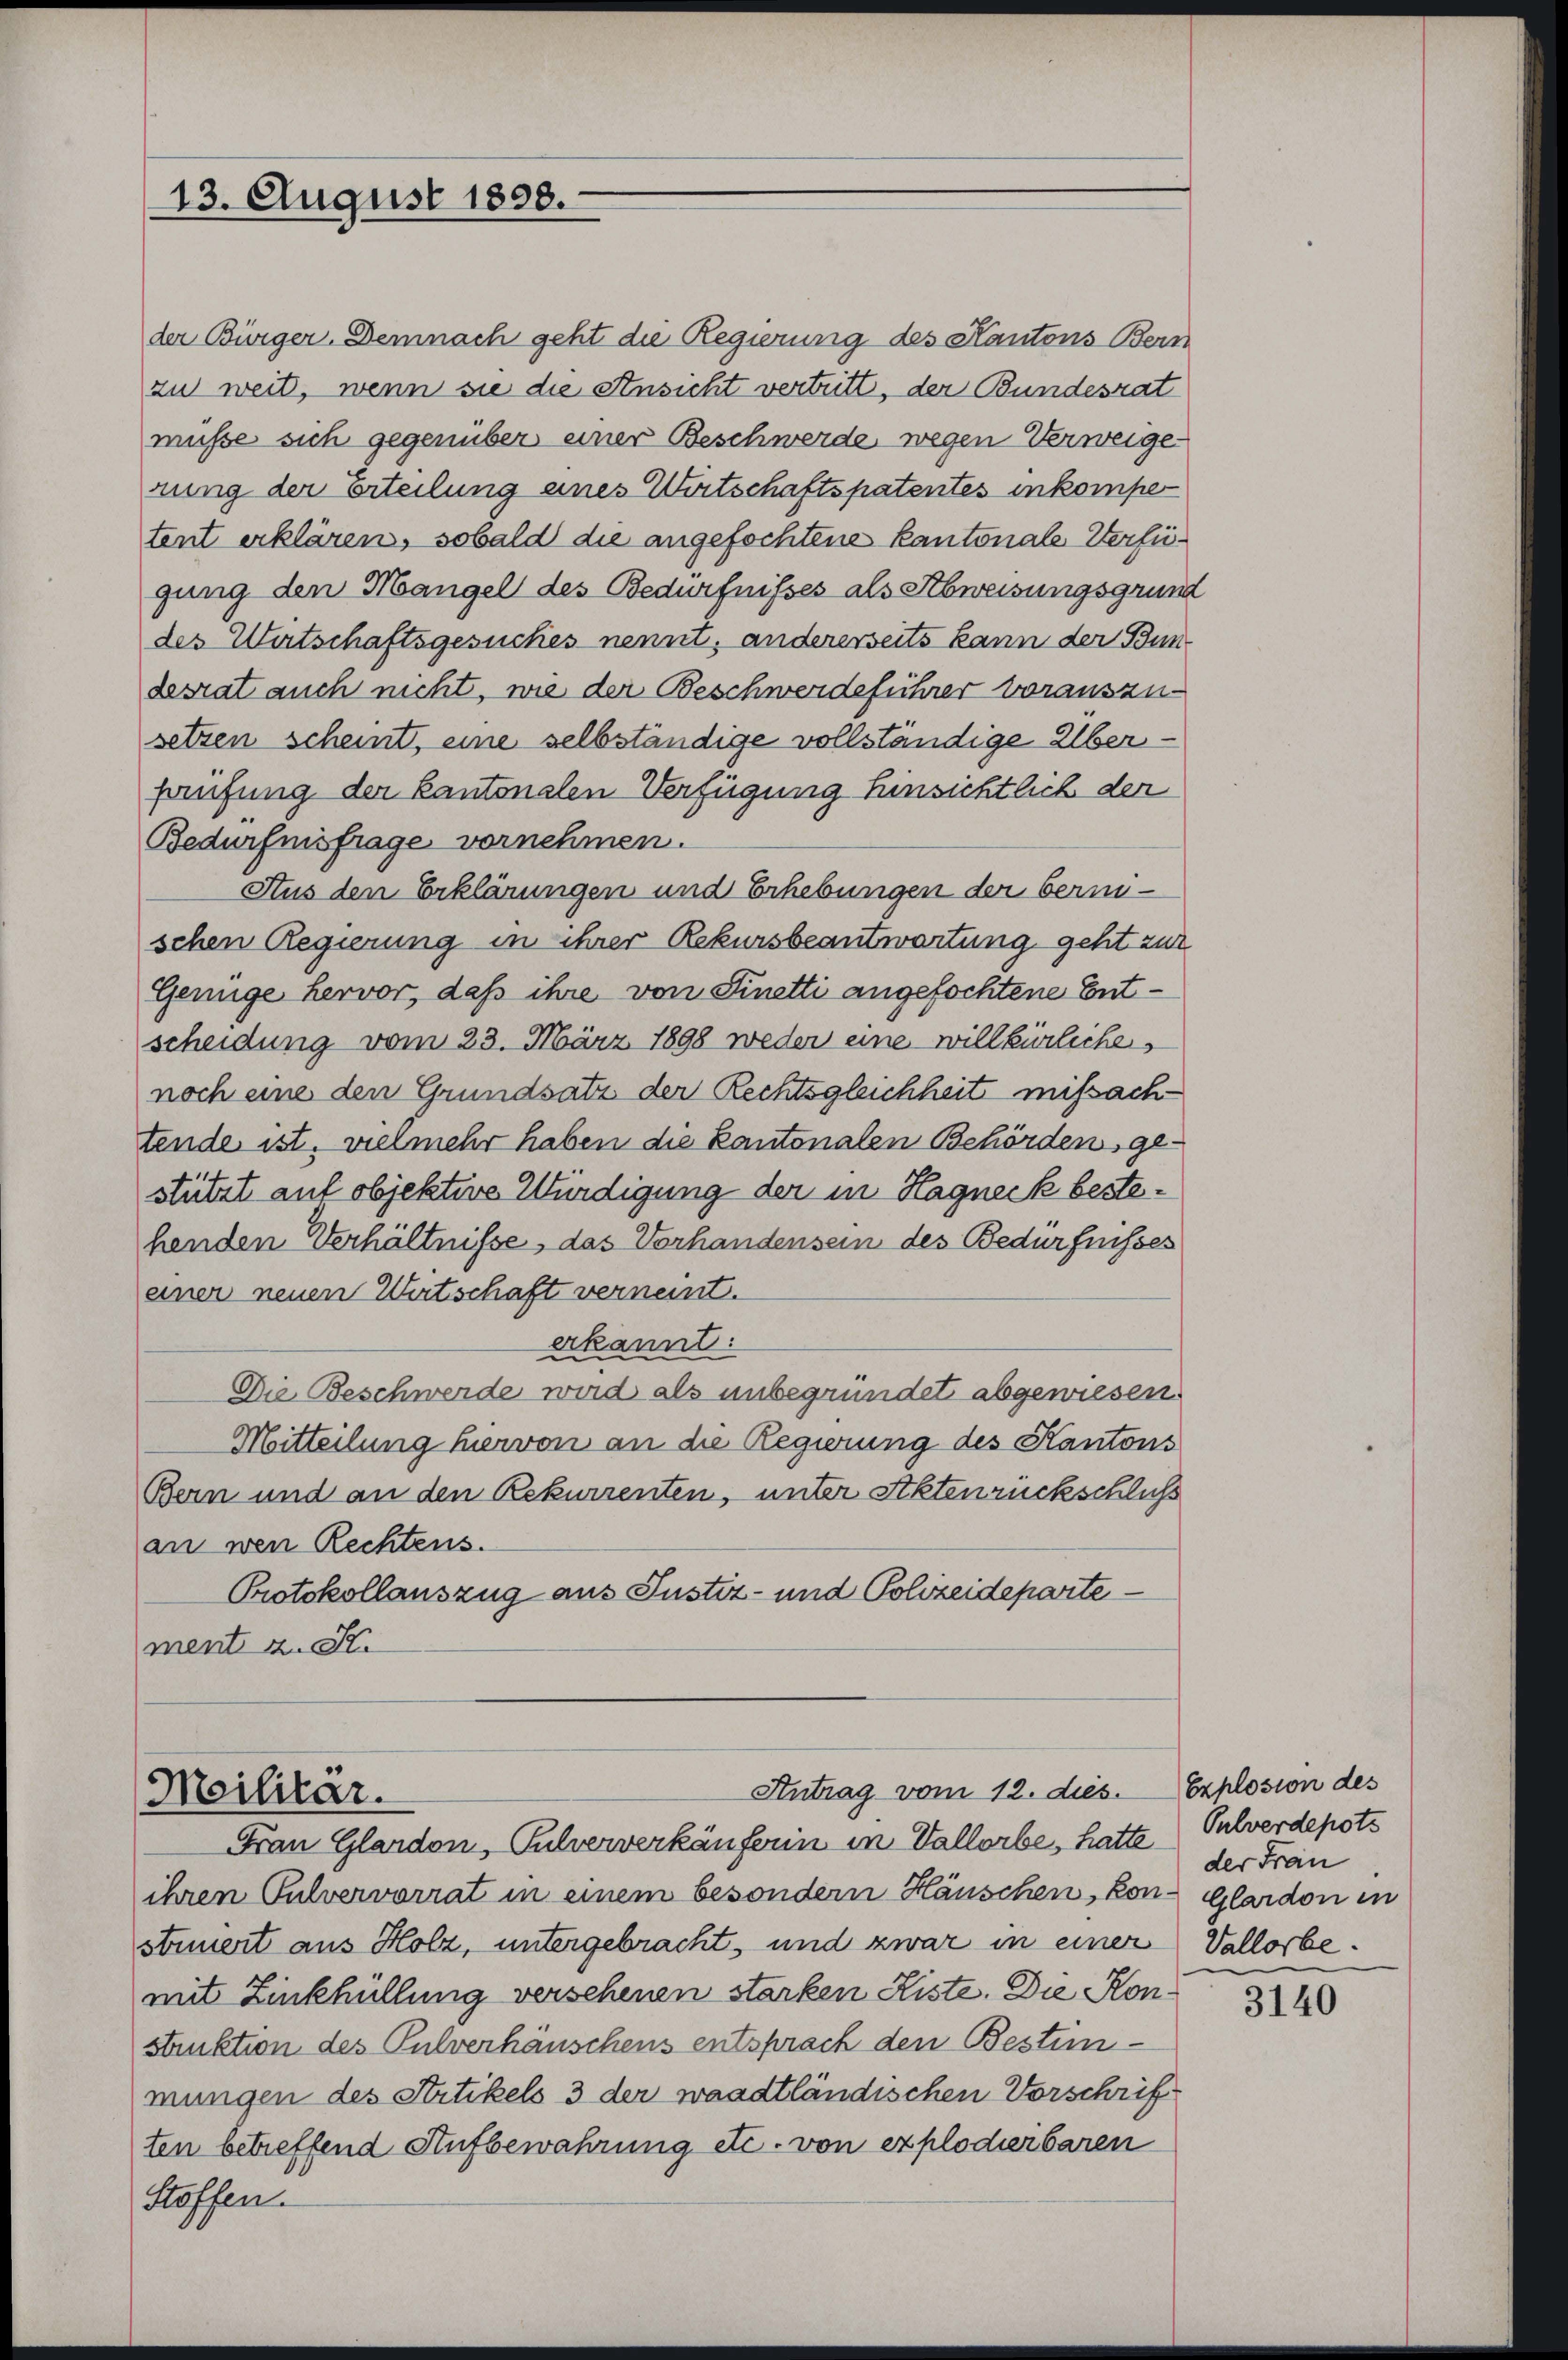
13. August 1898.

der Bürger. Demnach geht die Regierung des Kantons Bern
zu weit, wenn sie die Ansicht vertritt, der Bundesrat
müsse sich gegenüber einer Beschwerde wegen Verweigen
rung der Erteilung eines Wirtschaftspatentes inkomper
tent erklären, sobald die angefochtene Kantonale Verfügung den Mangel des Bedürfnisses als Abweisungsgrund
des Wirtschaftsgesuches nennt, andererseits kann der Bun-
desrat auch nicht, wie der Beschwerdeführer vorauszusetzen scheint, eine selbständige vollständige Überprüfung der kantonalen Verfügung hinsichtlich der
Bedürfnisfrage vornehmen.
Aus den Erklärungen und Erhebungen der berinschen Regierung in ihrer Rekursbeantwortung geht zur
Genüge hervor, daß ihre von Finetti angefochtene Entscheidung vom 23. März 1898 weder eine willkürlichen
noch eine den Grundsatz der Rechtsgleichheit missachtende ist, vielmehr haben die Kantonalen Behörden, ge-
stützt auf objektive Würdigung der in Hagneck bestehenden Verhältnisse, das Vorhandensein des Bedürfnisses
einer neuen Wirtschaft verneint.
erkannt.
Die Beschwerde wird als unbegründet abgewiesen
Mitteilung hiervon an die Regierung des Kantons
Bern und an den Rekurrenten, unter Aktenrückschluß
an wen Rechtens.
Protokollauszug aus Justiz- und Polizeideparte
ment z. St.

Antrag vom 12. dies.
Militar.
Frau Glardon, Pulververkäuferin in Vallorbe, hatte Pulverdepots

ihren Pulvervorrat in einem besondern Häuschen, kon-Glardon in
steuert aus Holz, untergebracht, und zwar in einer Vallorbemit Zinkhüllung versehenen starken Kiste. Die Konstruktion des Pulverhäuschens entsprach den Bestimmungen des Strtikels 3 der waadtländischen Vorschrif-
ten betreffend Aufbewahrung etc. von explodierbaren
Stoffen.

Explosion des
der Frau

3140